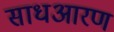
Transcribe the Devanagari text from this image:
साधआरण